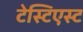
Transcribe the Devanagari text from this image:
टेस्टिएस्ट